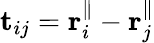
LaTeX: \mathbf t_{ij}=\mathbf r_{i}^{\parallel}-\mathbf r_{j}^{\parallel}